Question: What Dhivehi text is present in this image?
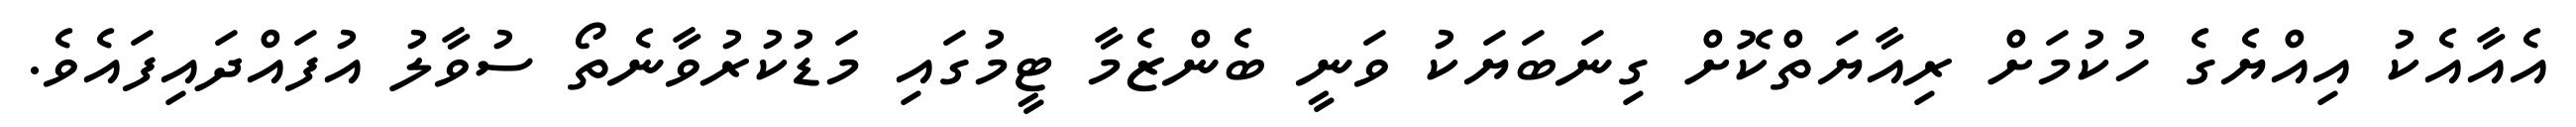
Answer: އެއާއެކު އިއްޔެގެ ހުކުމަށް ރިއާޔަތްކޮށް ގިނަބަޔަކު ވަނީ ބެންޒެމާ ޓީމުގައި މަޑުކުރުވާނެތޯ ސުވާލު އުފައްދައިފައެވެ.